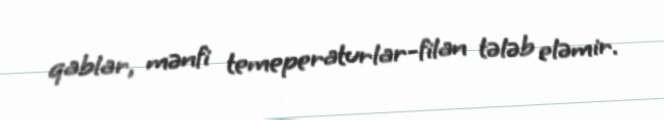
qablar, mənfi temeperaturlar-filan tələb eləmir.